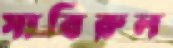
সাবিরুল